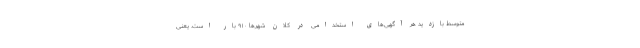
متوسط بازدید هر آگهی‌های استخدامی در کلان شهرها ۹۱۰ بار است. یعنی